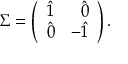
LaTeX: \Sigma = \left( \begin{array} { c r } { { \hat { 1 } } } & { { \hat { 0 } } } \\ { { \hat { 0 } } } & { { - \hat { 1 } } } \end{array} \right) .